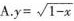
A.$$y=\sqrt{1-X}$$